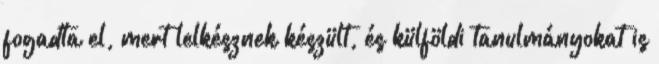
fogadta el, mert lelkésznek készült, és külföldi tanulmányokat is